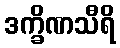
ဒက္ခိဏသီရိ